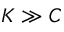
K \gg C